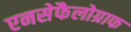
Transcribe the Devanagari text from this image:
एनसेफैलोग्राफ